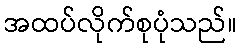
အထပ်လိုက်စုပုံသည်။